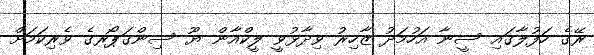
ރޭގެ ހަފުލާގައި ސީނާ އަހުމަދު ޒާހިރު ވިދާޅުވީ ލީކްއާން ޔޫ ސިންގަޕޯރގެ ވެރިކަމަށް